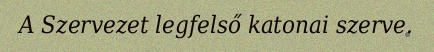
A Szervezet legfelső katonai szerve.